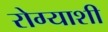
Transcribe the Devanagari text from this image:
रोग्याशी